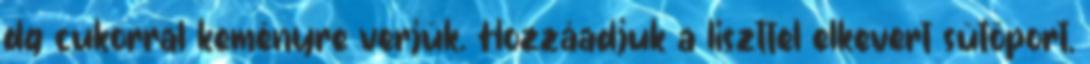
dg cukorral keményre verjük. Hozzáadjuk a liszttel elkevert sütőport,